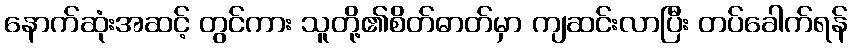
နောက်ဆုံးအဆင့် တွင်ကား သူတို့၏စိတ်ဓာတ်မှာ ကျဆင်းလာပြီး တပ်ခေါက်ရန်